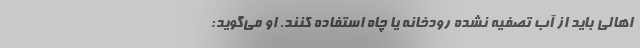
اهالی باید از آب تصفیه‌ نشده رودخانه یا چاه‌ استفاده کنند. او می‌گوید: